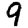
Digit: 9